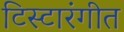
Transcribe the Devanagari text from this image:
टिस्टारंगीत